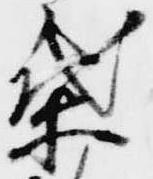
葉